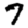
Digit: 7